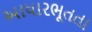
આધારભૂતતા